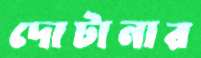
দোটানার